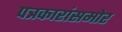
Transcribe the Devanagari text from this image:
पत्रकारांसमोर